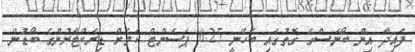
ފައިދާ އިން ބޯނަސްގެ ގޮތުގައި ބެހޭނީ 0.25 ޕަސެންޓް ކަމަށް ޑިރެކްޓަރުންގެ ބޯޑުން